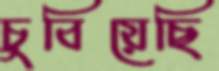
চুবিয়েছি